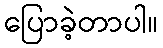
ပြောခဲ့တာပါ။